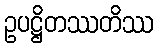
ဥပဋ္ဌိတဿတိဿ